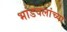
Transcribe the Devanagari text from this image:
भांडवलांच्या